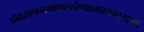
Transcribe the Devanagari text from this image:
प्रोढसापन्तभावात्करेणाहतास्तवत्तरङ्गा